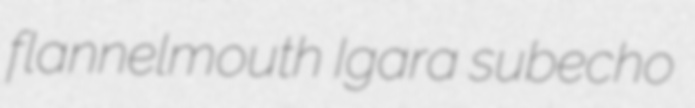
flannelmouth Igara subecho